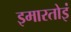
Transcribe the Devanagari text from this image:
इमारतोइं